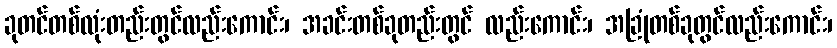
ခုတင်တစ်လုံးတည်းတွင်လည်းကောင်း၊ အခင်းတစ်ခုတည်းတွင် လည်းကောင်း၊ အခြုံတစ်ခုတွင်လည်းကောင်း၊